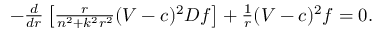
\begin{array} { r } { - \frac { d } { d r } \left[ \frac { r } { n ^ { 2 } + k ^ { 2 } r ^ { 2 } } ( V - c ) ^ { 2 } D f \right] + \frac { 1 } { r } ( V - c ) ^ { 2 } f = 0 . } \end{array}